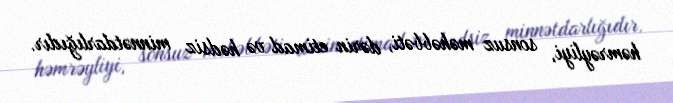
həmrəyliyi, sonsuz məhəbbəti, dərin etimad və hədsiz minnətdarlığıdır.